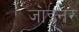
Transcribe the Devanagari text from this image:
जा॓इनर